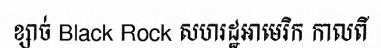
ខ្សាច់ Black Rock សហរដ្ឋអាមេរិក កាលពី